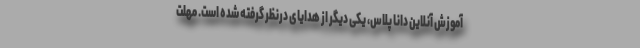
آموزش آنلاین دانا پلاس، یکی دیگر از هدایای درنظر گرفته شده است. مهلت